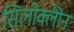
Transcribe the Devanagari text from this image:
सिलोक्लीन